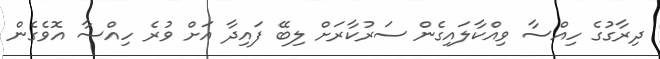
ދިރާގުގެ ހިއްސާ ވިއްކާލައިގެން ސަރުކާރަށް ލިބޭ ފައިދާ އަށް ވުރެ ހިއްސާ އޮވެގެން